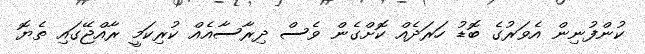
ކުންފުނިން އެވަރުގެ ބޮޑު ހަރަދެއް ކޮށްގެން ވެސް ދިރާސާއެއް ކުރިކަމީ ރާއްޖޭގައި ތެޔޮ